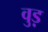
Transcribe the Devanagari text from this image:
वुड़